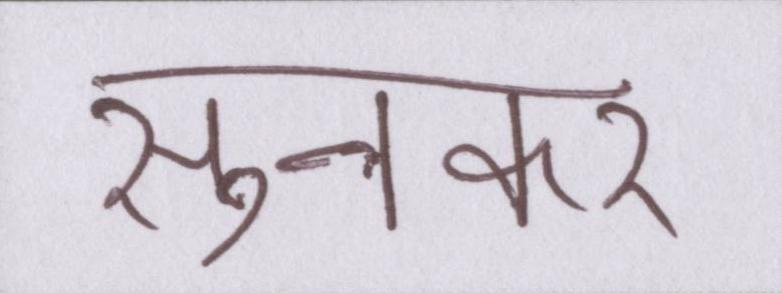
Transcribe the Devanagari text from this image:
सुनकर